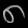
Digit: ၈